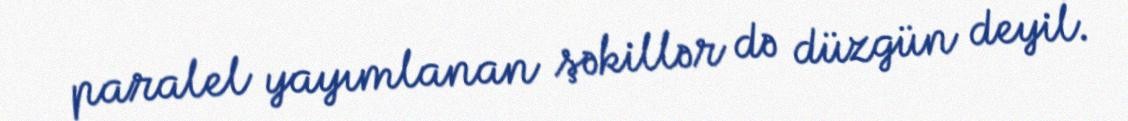
paralel yayımlanan şəkillər də düzgün deyil.